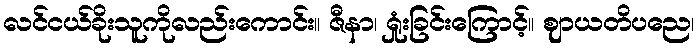
လင်ငယ်ခိုးသူကိုလည်းကောင်း။ ဇီနာ၊ ရှုံးခြင်းကြောင့်။ ဈာယတိပညေ၊